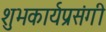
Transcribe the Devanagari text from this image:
शुभकार्यप्रसंगी